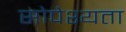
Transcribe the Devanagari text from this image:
सोपेश्यता